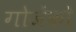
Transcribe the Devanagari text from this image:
गोजेंको